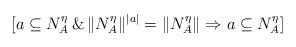
LaTeX: \begin{align*}[a \subseteq N^\eta_{A} \, \& \, \|N^\eta_{A}\|^{|a|} = \|N^\eta_{A}\|\Rightarrow a \subseteq N^\eta_{A}]\end{align*}